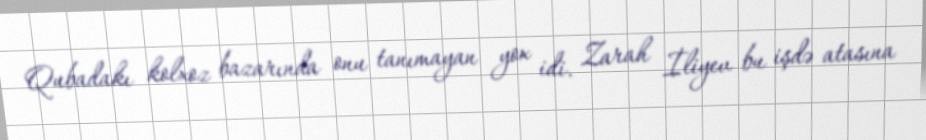
Qubadakı kolxoz bazarında onu tanımayan yox idi. Zarah İliyev bu işdə atasına